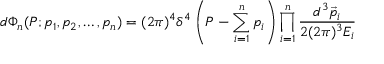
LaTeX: d \Phi _ { n } ( P ; p _ { 1 } , p _ { 2 } , \dots , p _ { n } ) = ( 2 \pi ) ^ { 4 } \delta ^ { 4 } \left( P - \sum _ { i = 1 } ^ { n } p _ { i } \right) \prod _ { i = 1 } ^ { n } { \frac { d ^ { 3 } { \vec { p } } _ { i } } { 2 ( 2 \pi ) ^ { 3 } E _ { i } } }